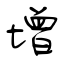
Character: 增